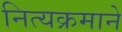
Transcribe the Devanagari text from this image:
नित्यक्रमाने